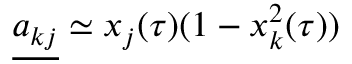
\underline { { { a } _ { k j } } } \simeq x _ { j } ( \tau ) ( 1 - x _ { k } ^ { 2 } ( \tau ) )